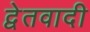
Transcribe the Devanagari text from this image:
द्वेतवादी